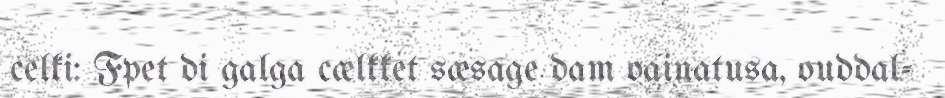
celki: Fpet di galga cælkket sæsage dam oainatusa, ouddal-